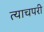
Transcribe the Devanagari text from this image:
त्याचपरी